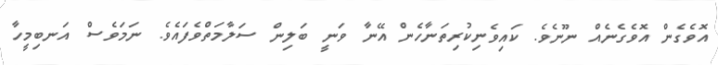
އޮވެގެން އޮވެގެނެއް ނޫނެވެ. ކައިވެނިކުރިތަނާހެން އޭނާ ވަނީ ބަލިން ސަލާމަތްވެފައެވެ. ނަމަވެސް އަނބިމީހާ